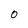
Character: 0